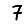
Digit: 7